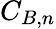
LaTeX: {C}_{B,n}